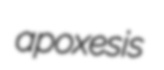
apoxesis